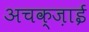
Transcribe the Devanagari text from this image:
अचक्ज़ाई